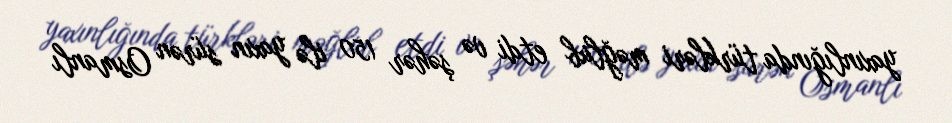
yaxınlığında türkləri məğlub etdi və şəhər 150 ilə yaxın sürən Osmanlı